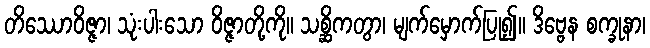
တိဿောဝိဇ္ဇာ၊ သုံးပါးသော ဝိဇ္ဇာတို့ကို။ သစ္ဆိကတွာ၊ မျက်မှောက်ပြု၍။ ဒိဗ္ဗေန စက္ခုနာ၊